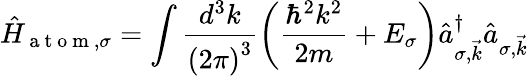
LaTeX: \hat{H}_{\mathrm{~a~t~o~m~},\sigma}=\int\frac{d^{3}k}{\left(2\pi\right)^{3}}\left(\frac{\hbar^{2}k^{2}}{2m}+E_{\sigma}\right)\hat{a}_{\sigma,\vec{k}}^{\dagger}\hat{a}_{\sigma,\vec{k}}